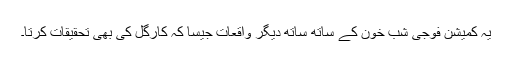
یہ کمیشن فوجی شب خون کے ساتھ ساتھ دیگر واقعات جیسا کہ کارگل کی بھی تحقیقات کرتا۔